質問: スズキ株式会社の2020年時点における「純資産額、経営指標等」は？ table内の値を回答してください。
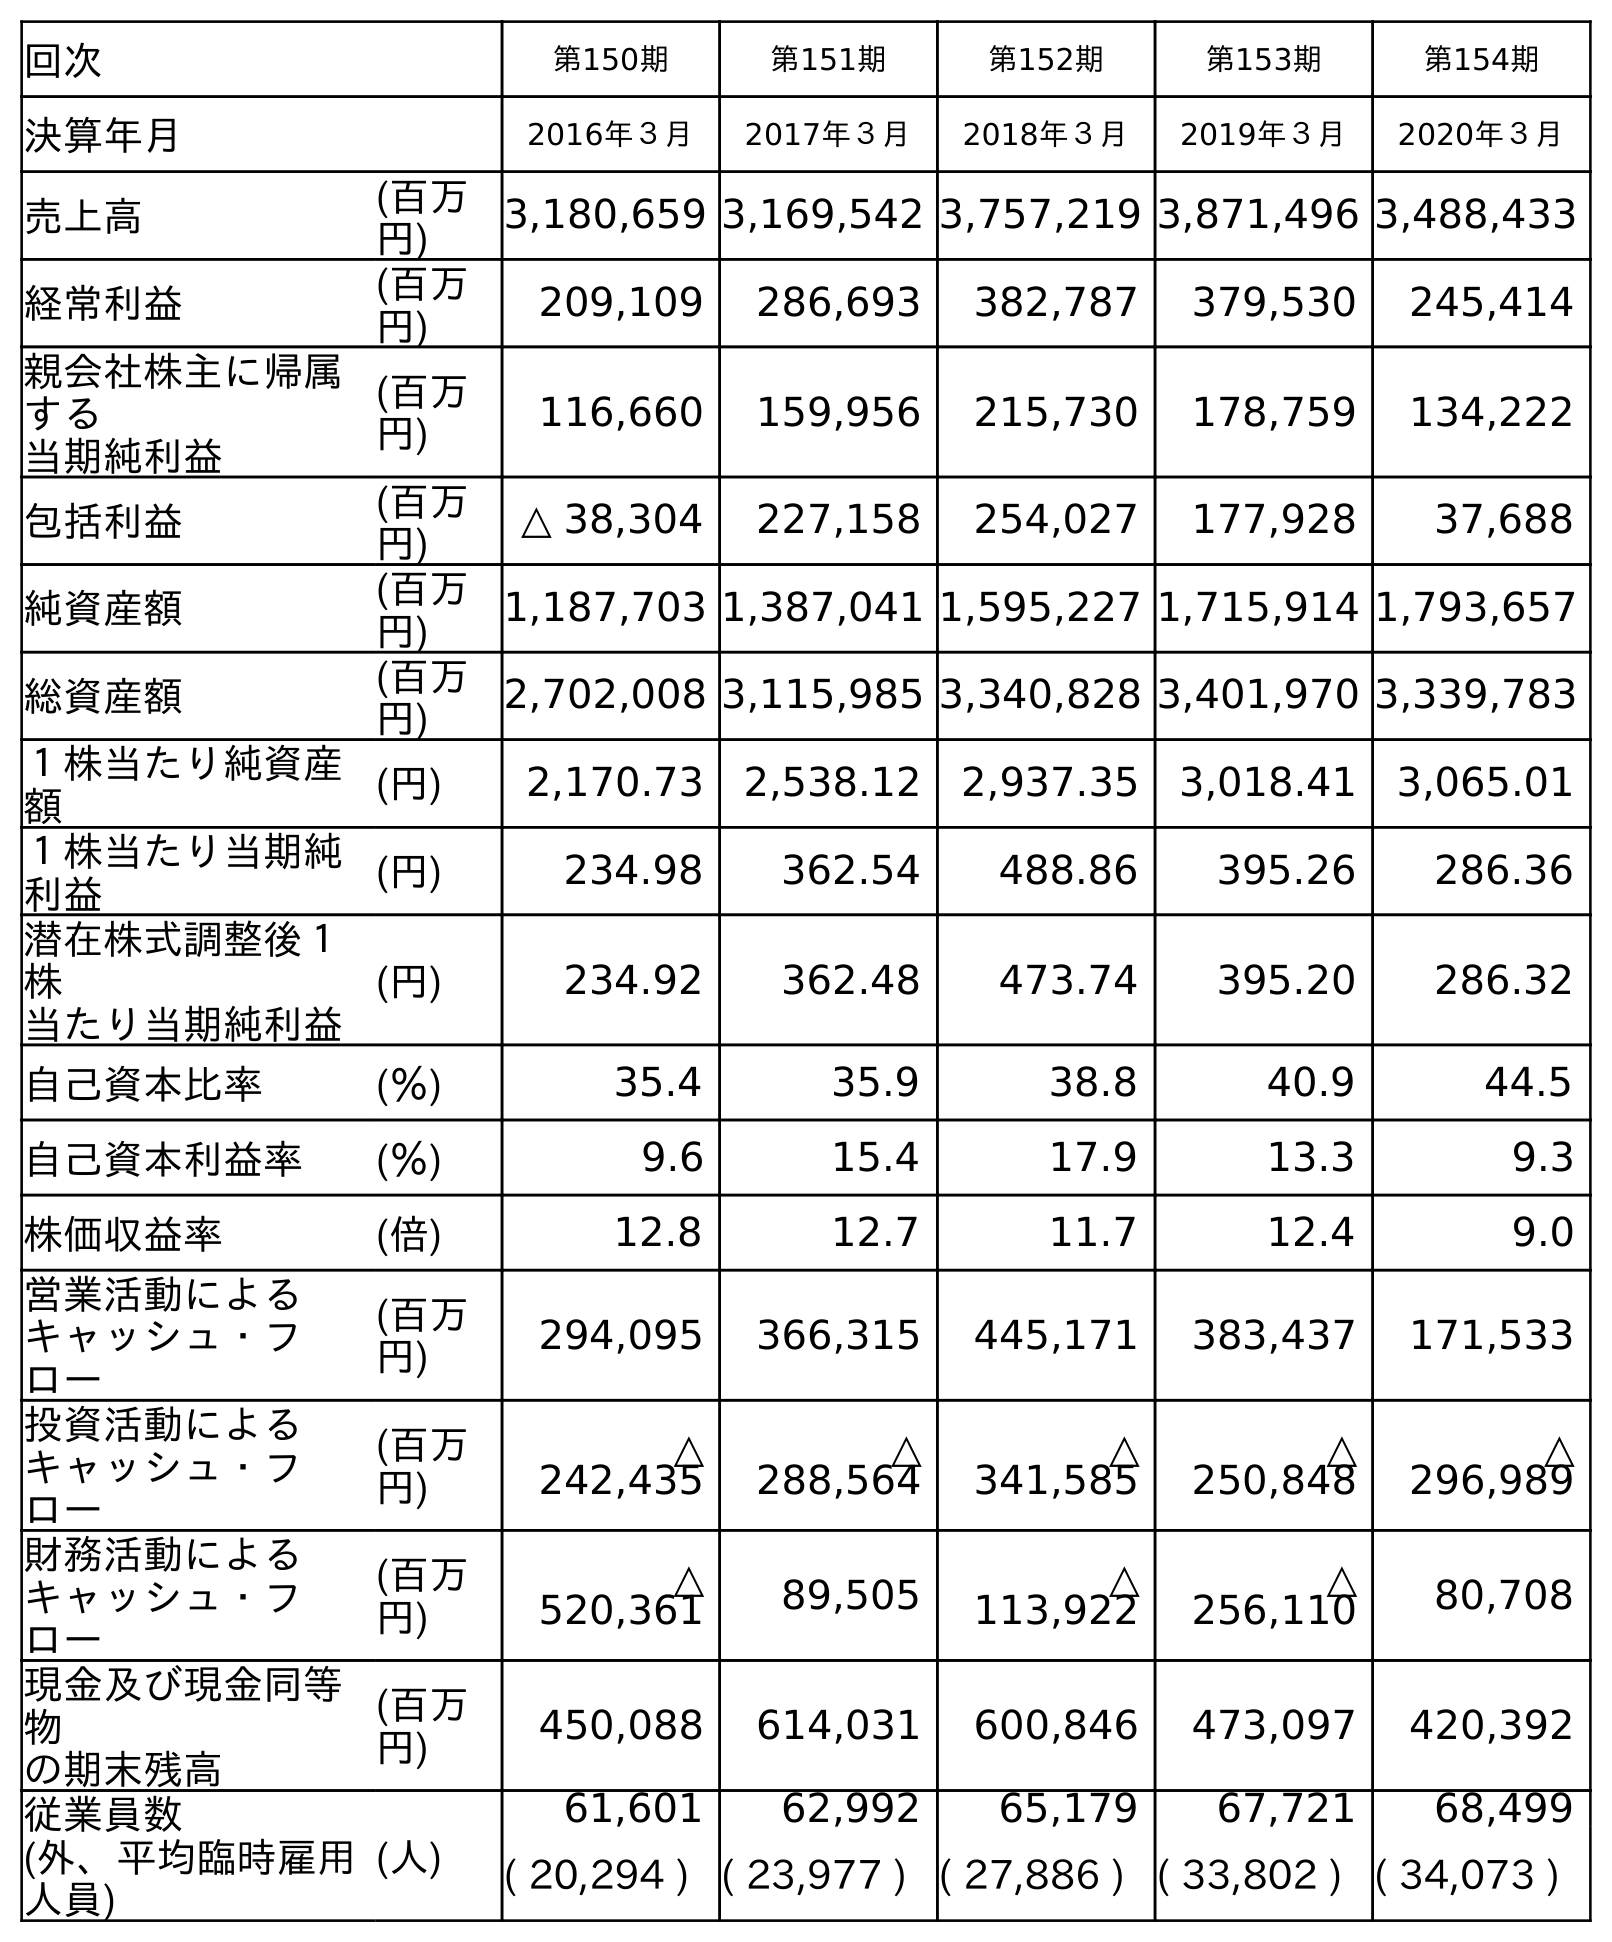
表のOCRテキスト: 回次 第150期 第151期 第152期 第153期 第154期 決算年月 2016年３月 2017年３月 2018年３月 2019年３月 2020年３月 売上高 (百万 円) 3,180,659 3,169,542 3,757,219 3,871,496 3,488,433 経常利益 (百万 円) 209,109 286,693 382,787 379,530 245,414 親会社株主に帰属 する 当期純利益 (百万 円) 116,660 159,956 215,730 178,759 134,222 包括利益 (百万 円) △ 38,304 227,158 254,027 177,928 37,688 純資産額 (百万 円) 1,187,703 1,387,041 1,595,227 1,715,914 1,793,657 総資産額 (百万 円) 2,702,008 3,115,985 3,340,828 3,401,970 3,339,783 １株当たり純資産 額 (円) 2,170.73 2,538.12 2,937.35 3,018.41 3,065.01 １株当たり当期純 利益 (円) 234.98 362.54 488.86 395.26 286.36 潜在株式調整後１ 株 当たり当期純利益 (円) 234.92 362.48 473.74 395.20 286.32 自己資本比率 (％) 35.4 35.9 38.8 40.9 44.5 自己資本利益率 (％) 9.6 15.4 17.9 13.3 9.3 株価収益率 (倍) 12.8 12.7 11.7 12.4 9.0 営業活動による キャッシュ・フ ロー (百万 円) 294,095 366,315 445,171 383,437 171,533 投資活動による キャッシュ・フ ロー (百万 円) △ 242,435 △ 288,564 △ 341,585 △ 250,848 △ 296,989 財務活動による キャッシュ・フ ロー (百万 円) △ 520,361 89,505 △ 113,922 △ 256,110 80,708 現金及び現金同等 物 の期末残高 (百万 円) 450,088 614,031 600,846 473,097 420,392 従業員数 (外、平均臨時雇用 人員) (人) 61,601 62,992 65,179 67,721 68,499 ( 20,294 ) ( 23,977 ) ( 27,886 ) ( 33,802 ) ( 34,073 )
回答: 1,793,657